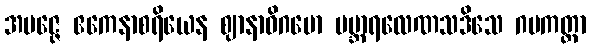
အမဇ္ဇေ ဧကေနာစရိယေန ဈာနာဓိဂမော ပဗ္ဘာရလေဏသဒိသေ ဂမကတ္တာ